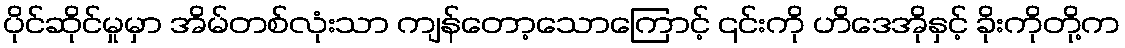
ပိုင်ဆိုင်မှုမှာ အိမ်တစ်လုံးသာ ကျန်တော့သောကြောင့် ၎င်းကို ဟိဒေအိုနှင့် ခိုးကိုတို့က